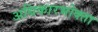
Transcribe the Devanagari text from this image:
अधिकारभोक्ता